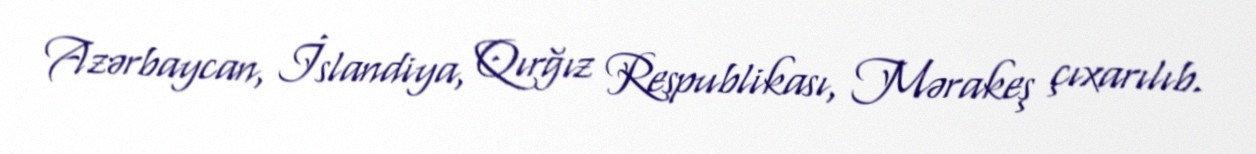
Azərbaycan, İslandiya, Qırğız Respublikası, Mərakeş çıxarılıb.